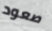
صعود